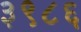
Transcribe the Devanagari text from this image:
३९८६